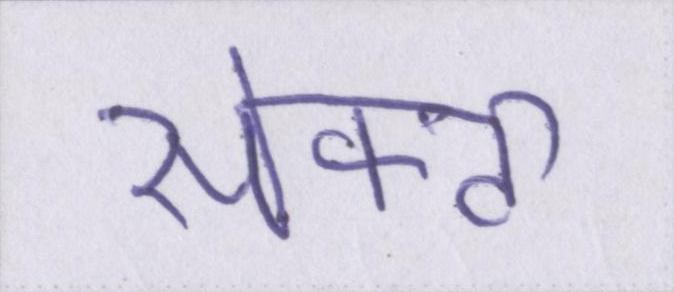
सेफ्टी